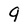
Character: 9